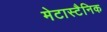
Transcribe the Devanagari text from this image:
मेटास्टैनिक